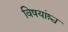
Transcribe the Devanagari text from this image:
विषयांश्च